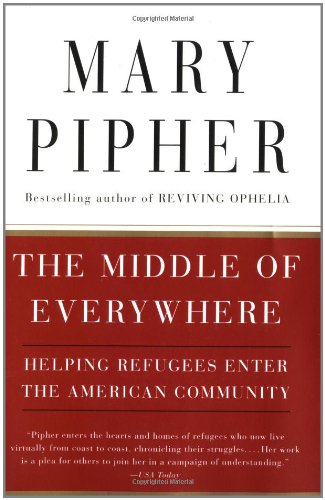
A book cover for The Middle of Everywhere: Helping Refugees Enter the American Community; Mary Pipher; History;